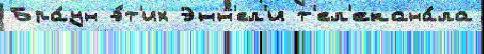
Бра́ун э́т'их Энн'ел'и т'ел'екана́ла